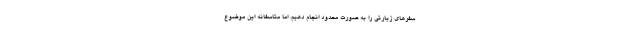
سفرهای زیارتی را به صورت محدود انجام دهیم، اما متاسفانه این موضوع